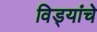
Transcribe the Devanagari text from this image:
विड्यांचे